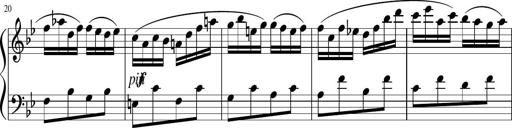
Title: 12 Keyboard Sonatinas
Composer: James Hook